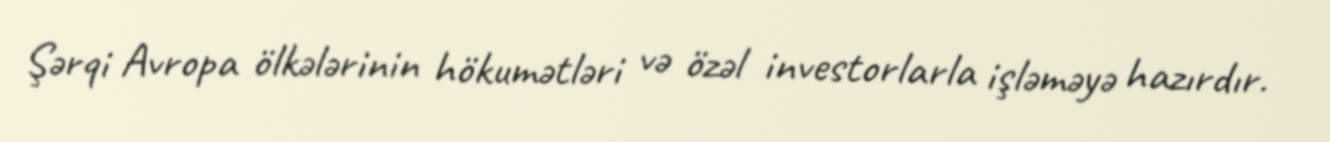
Şərqi Avropa ölkələrinin hökumətləri və özəl investorlarla işləməyə hazırdır.